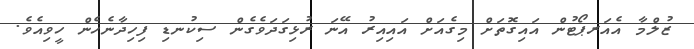
ޒުލްމާ އެއަރޕޯޓުން އައިގޮތަށް މިގެއަށް އައިއިރު އޭނަ ރުޅިގަދަވެގެން ސިކުނޑި ފިހިދާނެހެން ހީވިއެވެ.